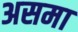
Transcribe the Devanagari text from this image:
असमा